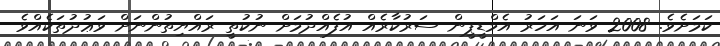
ކަމަށެވެ. 2008 ވަނަ އަހަރު އެމްޑީޕީން ސަރުކާރެއް އުފެއްދުމަށް ނުކުތީ ރައްޔިތުންނަށް ވަޢުދުތަކެއްވެ